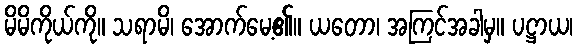
မိမိကိုယ်ကို။ သရာမိ၊ အောက်မေ့၏။ ယတော၊ အကြင်အခါမှ။ ပဋ္ဌာယ၊